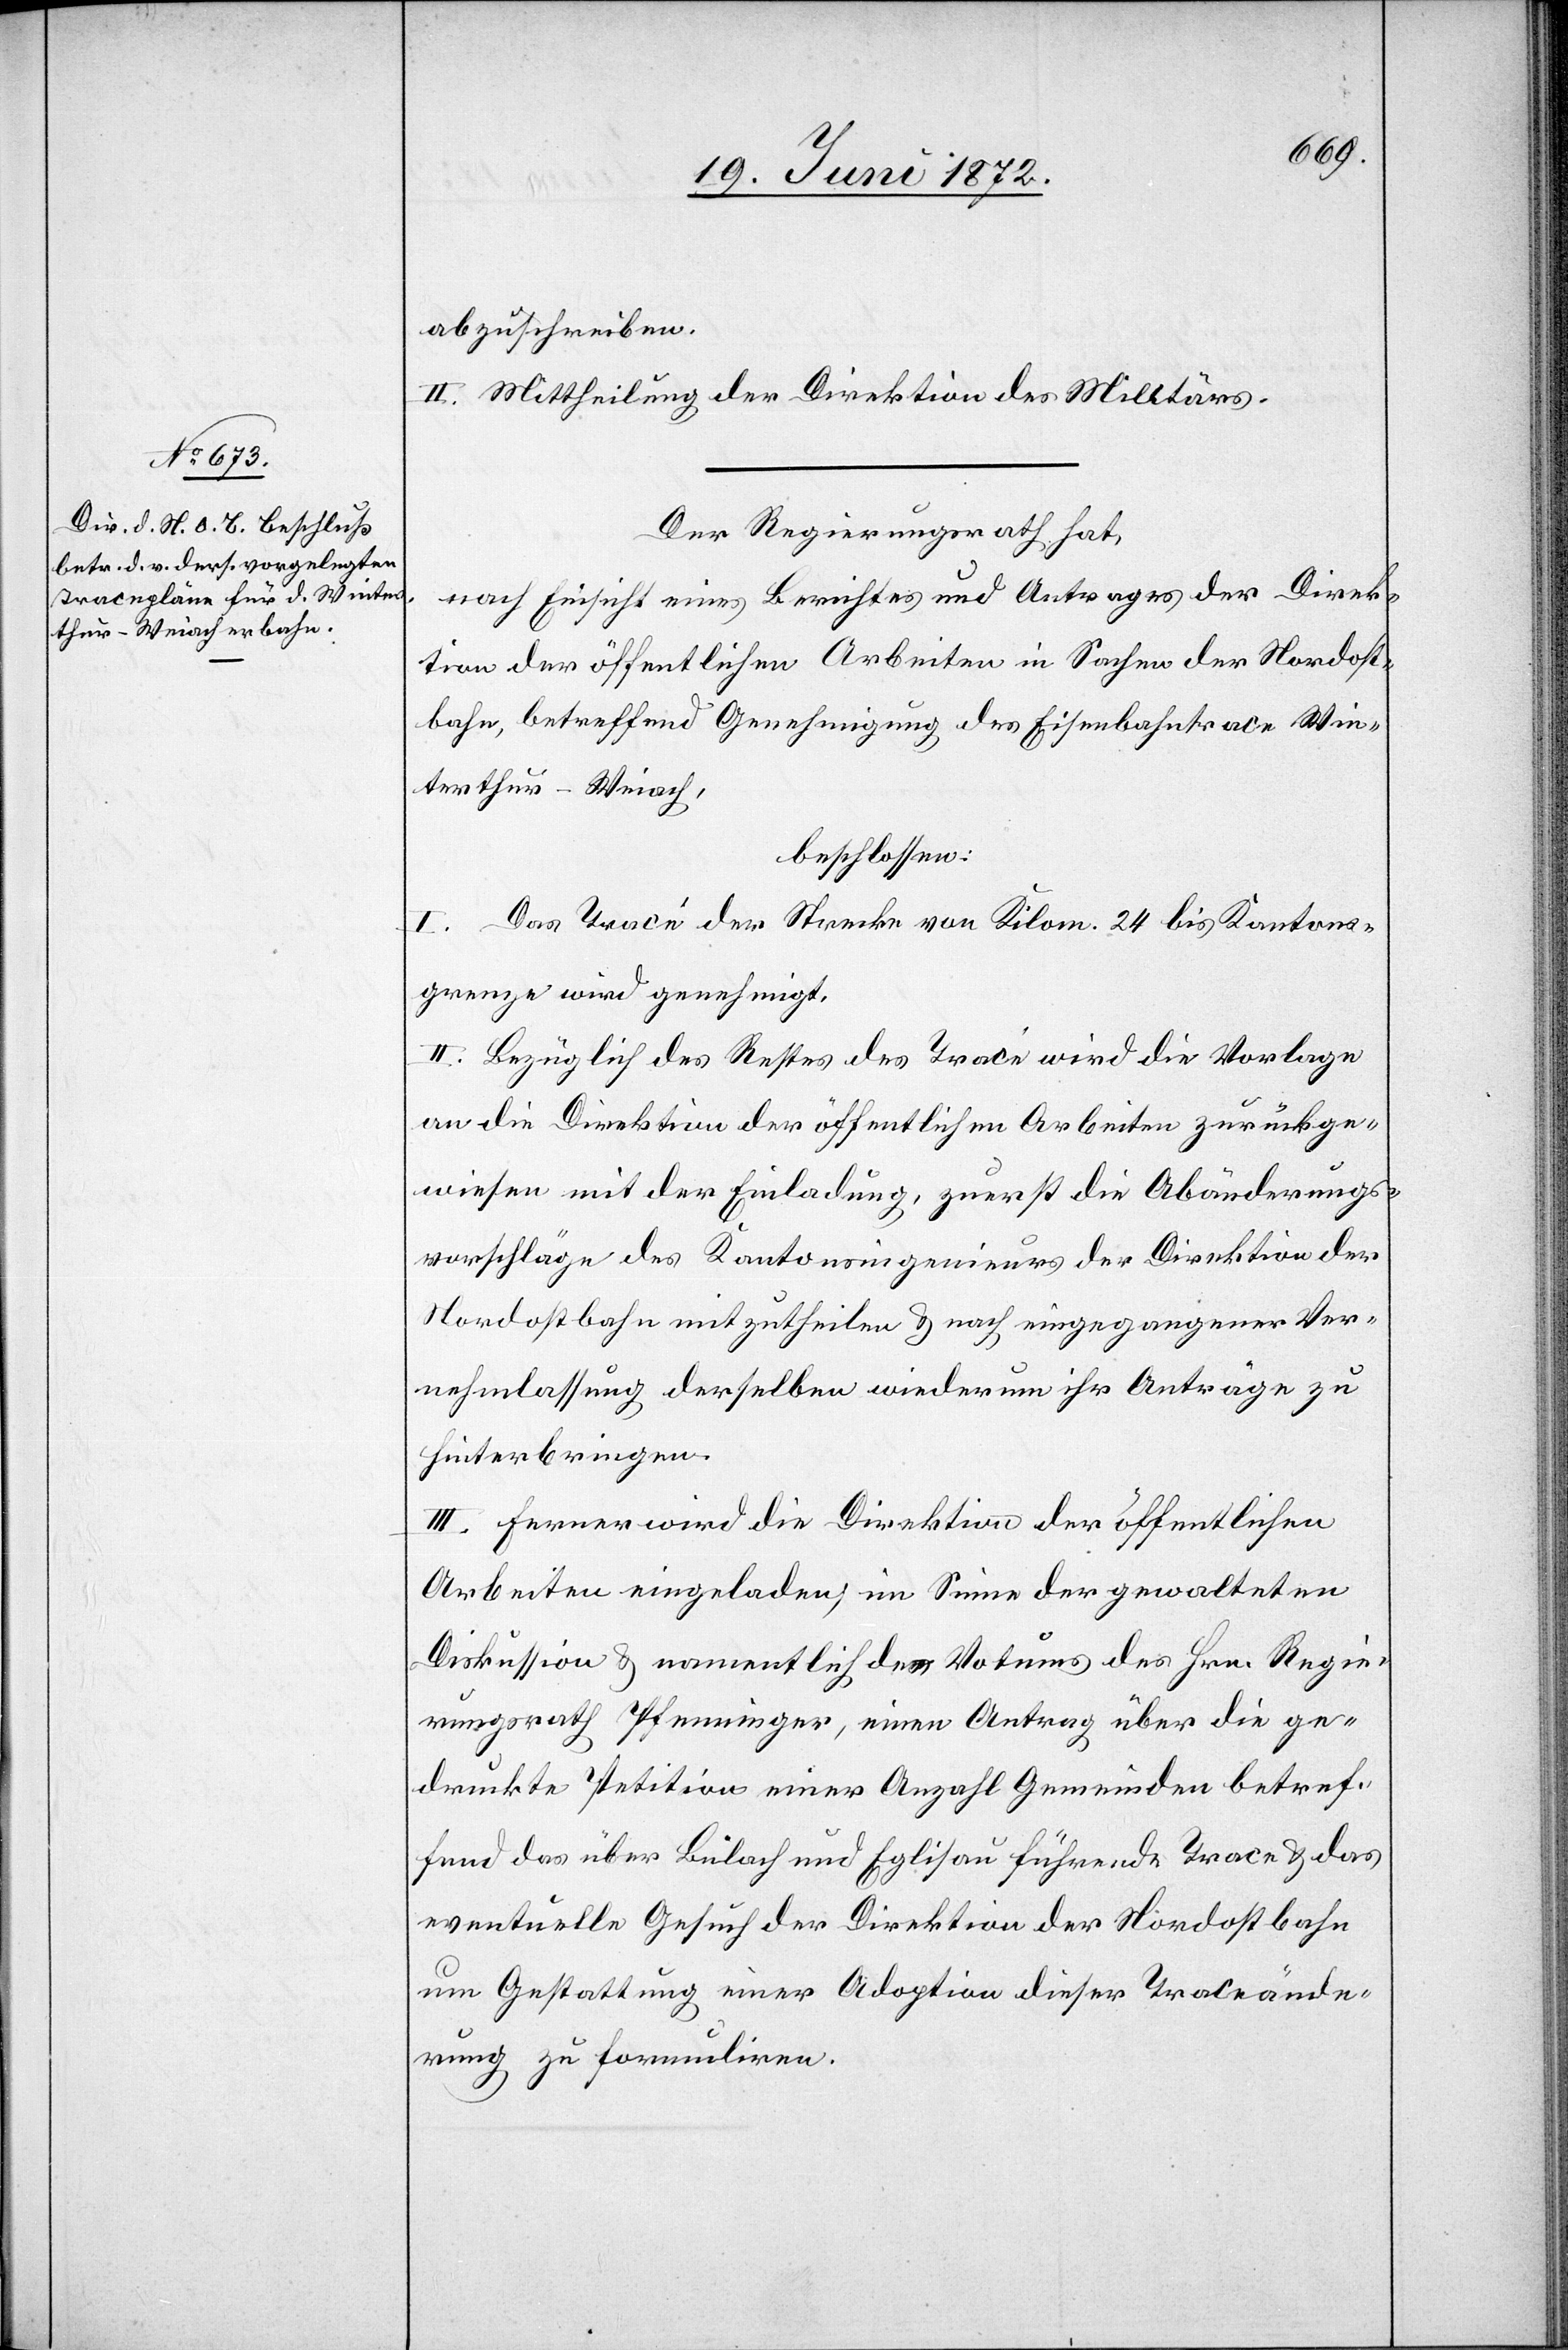
abzuschreiben.
II. Mittheilung der Direktion des Militärs.
Der Regierungsrath hat,
nach Einsicht eines Berichtes und Antrages der Direk¬
tion der öffentlichen Arbeiten in Sachen der Nordost¬
bahn, betreffend Genehmigung des Eisenbahntrace Win¬
terthur–Weiach,
beschlossen:
I. Das Tracé der Strecke von Kilom. 24 bis Kantons¬
grenze wird genehmigt.
II. Bezüglich des Restes des Tracé wird die Vorlage
an die Direktion der öffentlichen Arbeiten zurückge¬
wiesen mit der Einladung, zuerst die Abänderungs¬
vorschläge des Kantonsingenieurs der Direktion der
Nordostbahn mitzutheilen u. nach eingegangener Ver¬
nehmlassung derselben wiederum ihr Anträge zu
hinterbringen.
III. Ferner wird die Direktion der öffentlichen
Arbeiten eingeladen, im Sinne der gewalteten
Diskussion u. namentlich des Votums des Hrn. Regie¬
rungsrath Pfenninger, einen Antrag über die ge¬
druckte Petition einer Anzahl Gemeinden betref¬
fend das über Bülach und Eglisau führende Trace u. das
eventuelle Gesuch der Direktion der Nordostbahn
um Gestattung einer Adoption dieser Traceände¬
rung zu formuliren.